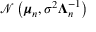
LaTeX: { \mathcal { N } } \left( { \boldsymbol { \mu } } _ { n } , \sigma ^ { 2 } { \boldsymbol { \Lambda } } _ { n } ^ { - 1 } \right)